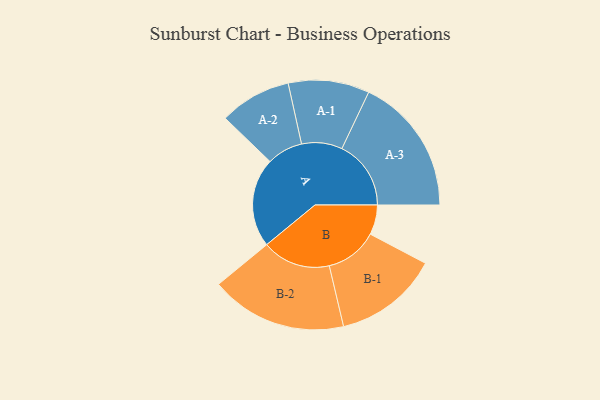
{"axis": {"x": "Segment", "y": "Value"}, "legend": ["", "A", "B"], "data": [{"x": "A", "y": 363, "type": ""}, {"x": "B", "y": 121, "type": ""}, {"x": "A-1", "y": 165, "type": "A"}, {"x": "A-2", "y": 146, "type": "A"}, {"x": "A-3", "y": 281, "type": "A"}, {"x": "B-1", "y": 213, "type": "B"}, {"x": "B-2", "y": 278, "type": "B"}]}